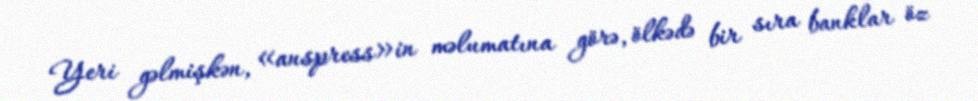
Yeri gəlmişkən, «anspress»in məlumatına görə, ölkədə bir sıra banklar öz